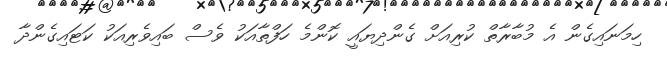
ހިމަނައިގެން އެ މުބާރާތް ކުރިއަށް ގެންދިޔައީ ކޮންމެ ހަފްތާއަކު ވެސް ބައިވެރިއަކު ކަޓައިގެންދާ